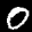
Label: 0